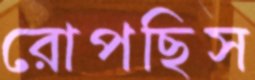
রোপছিস